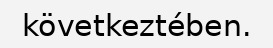
következtében.